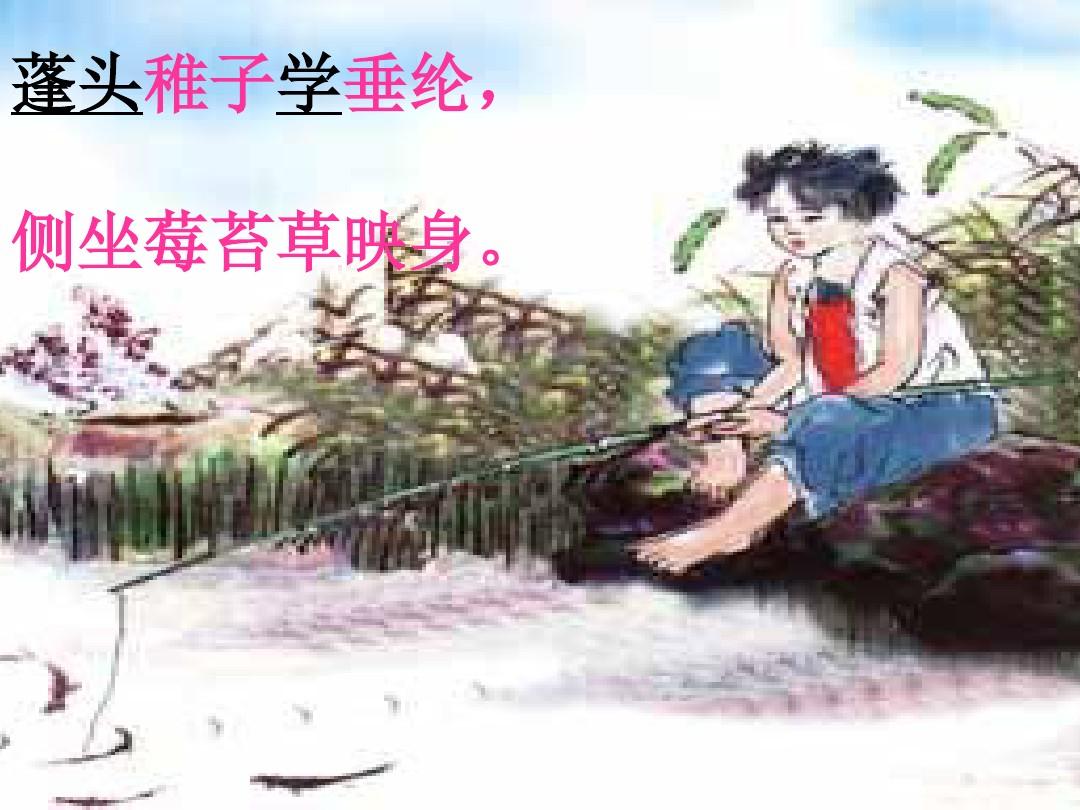
蓬头稚子学垂纶，侧坐莓苔草映身。